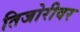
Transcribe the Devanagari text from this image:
तिजोरीवर